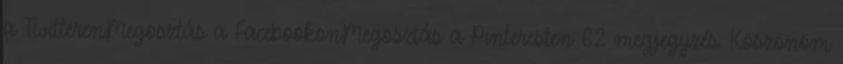
a TwitterenMegosztás a FacebookonMegosztás a Pinteresten 62 megjegyzés: Köszönöm